Lunatic asylums Central Provinces reports 1895-1909 - 1895-1909
Year: 1895
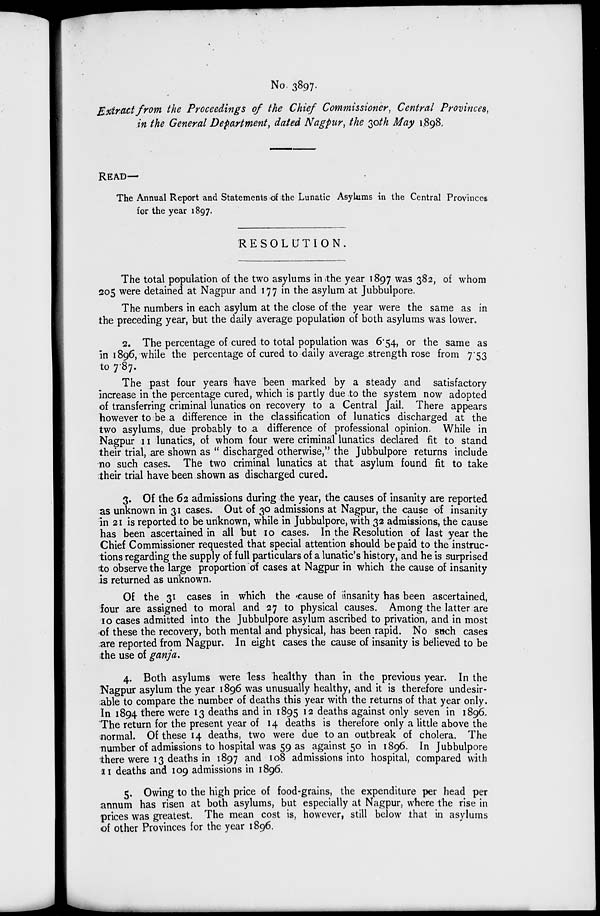
No. 3897.
Extract from the Proceedings of the Chief Commissioner, Central Provinces,
in the General Department, dated Nagpur, the 30th May 1898.
READ—
The Annual Report and Statements of the Lunatic Asylums in the Central Provinces
for the year 1897.
RESOLUTION.
The total population of the two asylums in the year 1897 was 382, of whom
205 were detained at Nagpur and 177 in the asylum at Jubbulpore.
The numbers in each asylum at the close of the year were the same as in
the preceding year, but the daily average population of both asylums was lower.
2. The percentage of cured to total population was 6.54, or the same as
in 1896, while the percentage of cured to daily average strength rose from 7.53
to 7.87.
The past four years have been marked by a steady and satisfactory
increase in the percentage cured, which is partly due to the system now adopted
of transferring criminal lunatics on recovery to a Central Jail. There appears
however to be a difference in the classification of lunatics discharged at the
two asylums, due probably to a difference of professional opinion. While in
Nagpur 11 lunatics, of whom four were criminal lunatics declared fit to stand
their trial, are shown as " discharged otherwise," the Jubbulpore returns include
no such cases. The two criminal lunatics at that asylum found fit to take
their trial have been shown as discharged cured.
3. Of the 62 admissions during the year, the causes of insanity are reported
as unknown in 31 cases. Out of 30 admissions at Nagpur, the cause of insanity
in 21 is reported to be unknown, while in Jubbulpore, with 32 admissions, the cause
has been ascertained in all but 10 cases. In the Resolution of last year the
Chief Commissioner requested that special attention should be paid to the instruc-
tions regarding the supply of full particulars of a lunatic's history, and he is surprised
to observe the large proportion of cases at Nagpur in which the cause of insanity
is returned as unknown.
Of the 31 cases in which the cause of insanity has been ascertained,
four are assigned to moral and 27 to physical causes. Among the latter are
10 cases admitted into the Jubbulpore asylum ascribed to privation, and in most
of these the recovery, both mental and physical, has been rapid. No such cases
are reported from Nagpur. In eight cases the cause of insanity is believed to be
the use of ganja.
4. Both asylums were less healthy than in the previous year. In the
Nagpur asylum the year 1896 was unusually healthy, and it is therefore undesir-
able to compare the number of deaths this year with the returns of that year only.
In 1894 there were 13 deaths and in 1895 12 deaths against only seven in 1896.
The return for the present year of 14 deaths is therefore only a little above the
normal. Of these 14 deaths, two were due to an outbreak of cholera. The
number of admissions to hospital was 59 as against 50 in 1896. In Jubbulpore
there were 13 deaths in 1897 and 108 admissions into hospital, compared with
11 deaths and 109 admissions in 1896.
5. Owing to the high price of food-grains, the expenditure per head per
annum has risen at both asylums, but especially at Nagpur, where the rise in
prices was greatest. The mean cost is, however, still below that in asylums
of other Provinces for the year 1896.